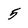
Character: 5